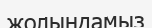
жолындамыз